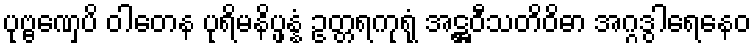
ပုဗ္ဗဏှေပိ ဝါတေန ပုရိမနိပ္ဖန္နံ ဥတ္တရကုရုံ အဋ္ဌဝီသတိဝိဓာ အဂ္ဂဒွါရေနေဝ